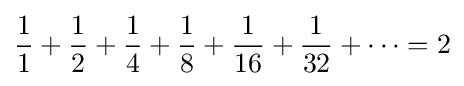
{1 \over 1}+{1 \over 2}+{1 \over 4}+{1 \over 8}+{1 \over 16}+{1 \over 32}+\cdots =2